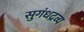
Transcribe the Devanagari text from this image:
सुगंधद्रव्य